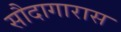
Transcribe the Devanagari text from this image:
सौदागारास